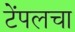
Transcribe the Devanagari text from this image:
टेंपलचा